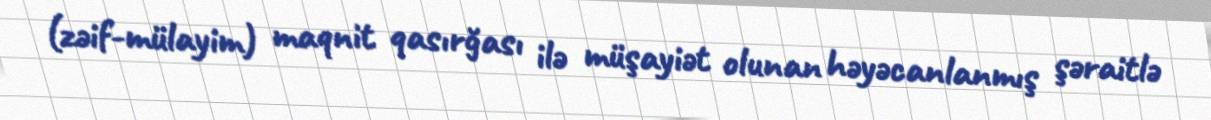
(zəif-mülayim) maqnit qasırğası ilə müşayiət olunan həyəcanlanmış şəraitlə